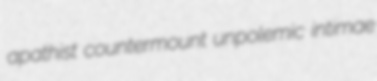
apathist countermount unpolemic intimae